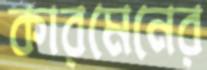
কারমেনের